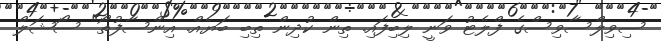
ސިވިލްސާވިސްގެ ފްލެޓު ވަނީ ލިބިފައި. ތިން ކުދިން ތިބި ބަޔެއް. އިންސާފުތޯ" ސޯޝަލް